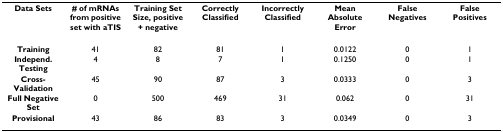
<table><thead><tr><td><b>Data Sets</b></td><td><b># of mRNAs from positive set with aTIS</b></td><td><b>Training Set Size, positive + negative</b></td><td><b>Correctly Classified</b></td><td><b>Incorrectly Classified</b></td><td><b>Mean Absolute Error</b></td><td><b>False Negatives</b></td><td><b>False Positives</b></td></tr></thead><tbody><tr><td><b>Training</b></td><td>41</td><td>82</td><td>81</td><td>1</td><td>0.0122</td><td>0</td><td>1</td></tr><tr><td><b>Independ. Testing</b></td><td>4</td><td>8</td><td>7</td><td>1</td><td>0.1250</td><td>0</td><td>1</td></tr><tr><td><b>Cross-Validation</b></td><td>45</td><td>90</td><td>87</td><td>3</td><td>0.0333</td><td>0</td><td>3</td></tr><tr><td><b>Full Negative Set</b></td><td>0</td><td>500</td><td>469</td><td>31</td><td>0.062</td><td>0</td><td>31</td></tr><tr><td><b>Provisional</b></td><td>43</td><td>86</td><td>83</td><td>3</td><td>0.0349</td><td>0</td><td>3</td></tr></tbody></table>